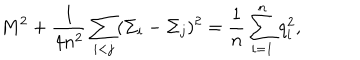
M ^ { 2 } + { \frac { 1 } { 4 n ^ { 2 } } } \sum _ { i < j } ( \Sigma _ { i } - \Sigma _ { j } ) ^ { 2 } = { \frac { 1 } { n } } \sum _ { i = 1 } ^ { n } q _ { i } ^ { 2 } ,